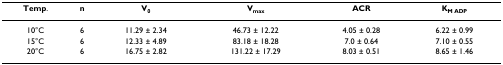
| Temp. | n | V0 | Vmax | ACR | KM ADP |
 | --- | --- | --- | --- | --- | --- |
 | 10°C | 6 | 11.29 ± 2.34 | 46.73 ± 12.22 | 4.05 ± 0.28 | 6.22 ± 0.99 |
 | 15°C | 6 | 12.33 ± 4.89 | 83.18 ± 18.28 | 7.0 ± 0.64 | 7.10 ± 0.55 |
 | 20°C | 6 | 16.75 ± 2.82 | 131.22 ± 17.29 | 8.03 ± 0.51 | 8.65 ± 1.46 |